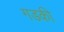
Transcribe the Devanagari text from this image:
गडकी